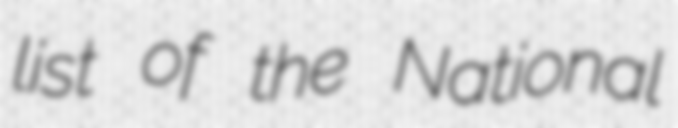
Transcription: list of the National